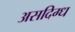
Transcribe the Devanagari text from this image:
असदिग्ध